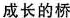
成长的桥